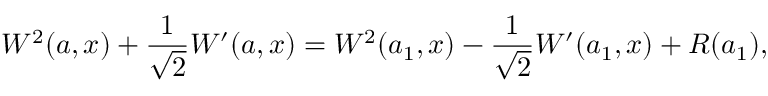
W ^ { 2 } ( a , x ) + \frac { 1 } { \sqrt { 2 } } W ^ { \prime } ( a , x ) = W ^ { 2 } ( a _ { 1 } , x ) - \frac { 1 } { \sqrt { 2 } } W ^ { \prime } ( a _ { 1 } , x ) + R ( a _ { 1 } ) ,